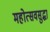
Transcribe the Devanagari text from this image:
महोत्सवसुद्धा